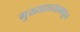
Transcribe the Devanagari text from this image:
मुख्यालयामधून